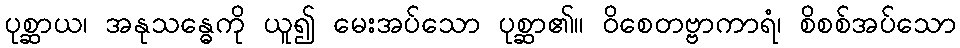
ပုစ္ဆာယ၊ အနုသန္ဓေကို ယူ၍ မေးအပ်သော ပုစ္ဆာ၏။ ဝိစေတဗ္ဗာကာရံ၊ စိစစ်အပ်သော